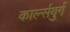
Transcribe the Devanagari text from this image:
कार्ल्सबुर्ग